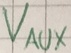
Text: VAUX